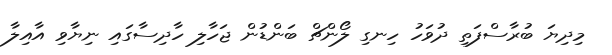
މިދިޔަ ބުރާސްފަތި ދުވަހު ހިނގި ލޯންޗް ބަންޑުން ޖަހާލި ހާދިސާގައި ނިޔާވި އާއިލާ